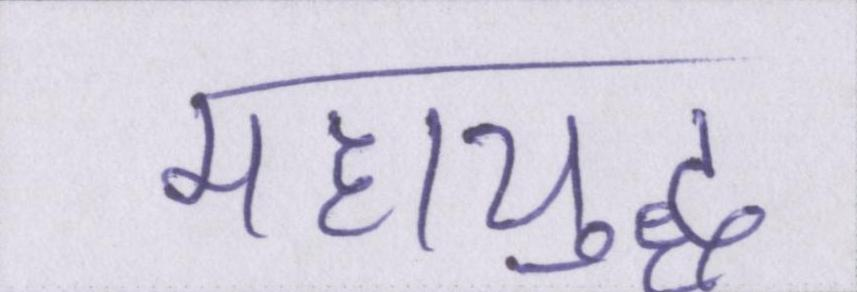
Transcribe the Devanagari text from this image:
महायुद्ध